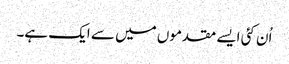
اُن کئی ایسے مقدموں میں سے ایک ہے۔